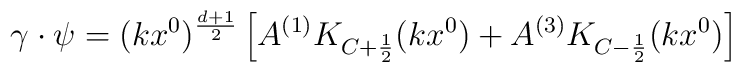
\gamma \cdot \psi=(kx^0)^\frac{d+1}{2}			\left[		 	A^{(1)} K_{C + \frac{1}{2}}(kx^0) +  A^{(3)} K_{C - \frac{1}{2}}(kx^0)			\right]